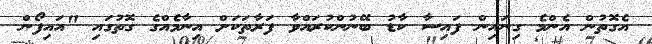
އެގޮތުން އެންމެ ގިނައިން ފައިސާ ކާޑު ބޭނުންކުރައްވާ ފަރާތަކަށް އިނާމެއްގެ ގޮތުގައި "އައިފޯން